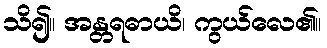
သိ၍။ အန္တရဓာယိ၊ ကွယ်လေ၏။